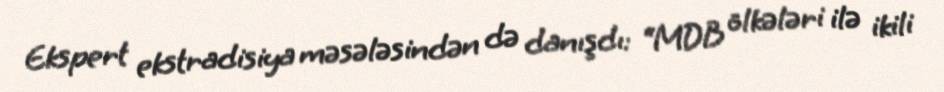
Ekspert ekstradisiya məsələsindən də danışdı: “MDB ölkələri ilə ikili